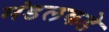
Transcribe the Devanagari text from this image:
मंडलकडे